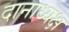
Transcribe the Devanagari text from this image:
दानाध्यक्ष